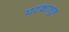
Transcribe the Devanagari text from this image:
घटकातून